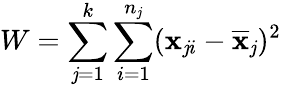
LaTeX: W=\sum_{\mathit{j}=1}^{k}\sum_{i=1}^{n_{\mathit{j}}}(\mathbf{{x}}_{\mathit{j}i}-\overline{{{\mathbf{{x}}}}}_{\mathit{j}})^{2}